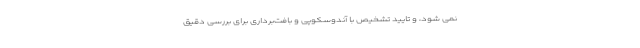
نمی شود، و تایید تشخیص با آندوسکوپی و بافت‌برداری برای بررسی دقیق